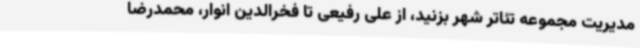
مدیریت مجموعه تئاتر شهر بزنید، از علی رفیعی تا فخرالدین انوار، محمدرضا